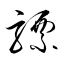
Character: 驃